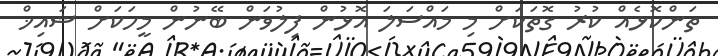
ތަންކޮޅެއް ކުރު ގޮތަކަށް މި މައްސަލަ އޮޅުން ފިލުވަން ބޭނުން މީހަކަށް ޝައިޚް